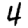
Digit: 4